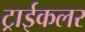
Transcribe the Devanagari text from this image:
ट्राईकलर